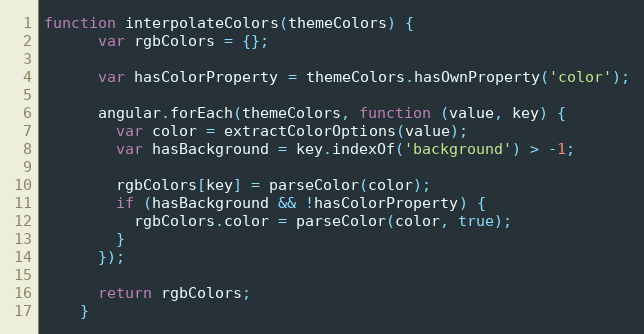
Language: JavaScript
function interpolateColors(themeColors) {
      var rgbColors = {};

      var hasColorProperty = themeColors.hasOwnProperty('color');

      angular.forEach(themeColors, function (value, key) {
        var color = extractColorOptions(value);
        var hasBackground = key.indexOf('background') > -1;

        rgbColors[key] = parseColor(color);
        if (hasBackground && !hasColorProperty) {
          rgbColors.color = parseColor(color, true);
        }
      });

      return rgbColors;
    }